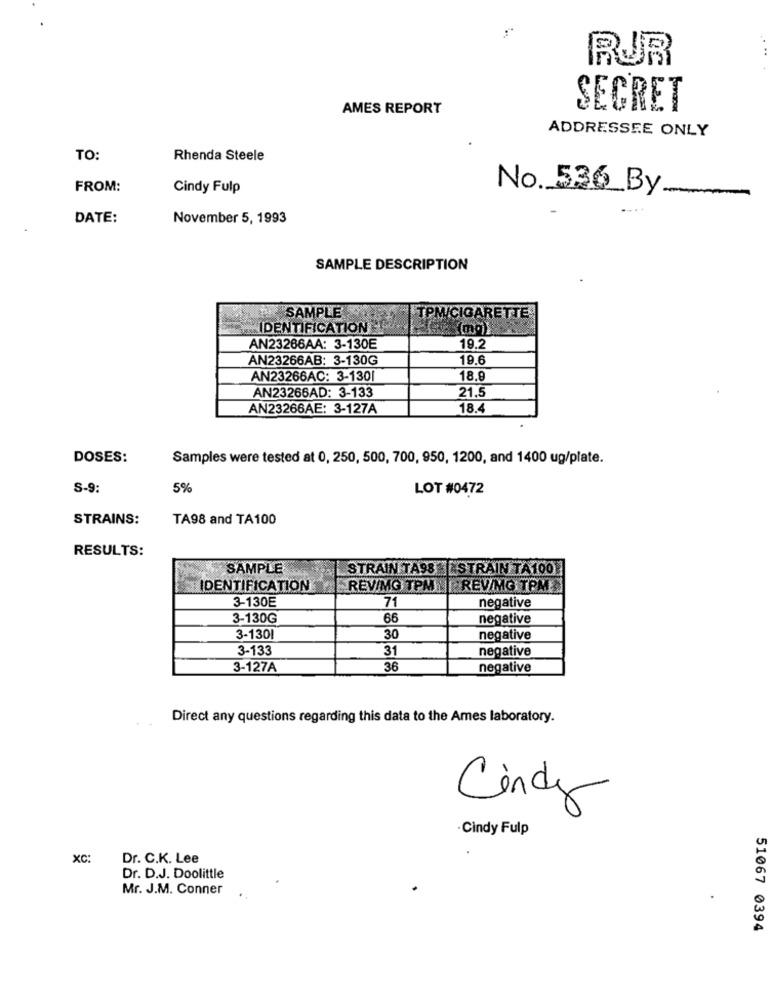
RJR
AMES REPORT
SECRET
ADDRESSEE ONLY
TO:
Rhenda Steele
FROM:
Cindy Fulp
No. 536_By
DATE:
November 5, 1993
SAMPLE DESCRIPTION
SAMPLE
TPM/CIGARETTE
IDENTIFICATION
(mo)
AN23266AA: 3-130E
19.2
AN23266AB: 3-130G
19.6
AN23266AC: 3-1301
18.9
AN23266AD: 3-133
21.5
AN23266AE: 3-127A
18.
DOSES:
Samples were tested at 0, 250, 500, 700, 950, 1200, and 1400 ug/plate.
S-9:
5%
LOT #0472
STRAINS:
TA98 and TA100
RESULTS:
SAMPLE
STRAIN TASS STRAIN TA1001
IDENTIFICATION
REVIMG TPM |||REV/MG TPM
3-130E
negative
71
3-130G
66
negative
3-1301
30
negative
3-133
31
negative
3-127A
36
negative
Direct any questions regarding this data to the Ames laboratory.
Cindy
·Cindy Fulp
xc:
Dr. C.K. Lee
Dr. D.J. Doolittle
Mr. J.M. Conner
51067 0394